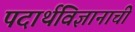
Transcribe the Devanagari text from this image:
पदार्थविज्ञानाची